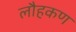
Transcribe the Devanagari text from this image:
लौहकण